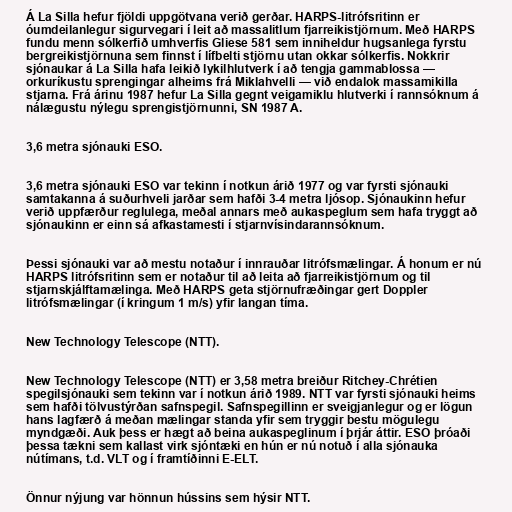
Á La Silla hefur fjöldi uppgötvana verið gerðar. HARPS-litrófsritinn er
óumdeilanlegur sigurvegari í leit að massalitlum fjarreikistjörnum. Með HARPS
fundu menn sólkerfið umhverfis Gliese 581 sem inniheldur hugsanlega fyrstu
bergreikistjörnuna sem finnst í lífbelti stjörnu utan okkar sólkerfis. Nokkrir
sjónaukar á La Silla hafa leikið lykilhlutverk í að tengja gammablossa —
orkuríkustu sprengingar alheims frá Miklahvelli — við endalok massamikilla
stjarna. Frá árinu 1987 hefur La Silla gegnt veigamiklu hlutverki í rannsóknum á
nálægustu nýlegu sprengistjörnunni, SN 1987 A.

3,6 metra sjónauki ESO.

3,6 metra sjónauki ESO var tekinn í notkun árið 1977 og var fyrsti sjónauki
samtakanna á suðurhveli jarðar sem hafði 3-4 metra ljósop. Sjónaukinn hefur
verið uppfærður reglulega, meðal annars með aukaspeglum sem hafa tryggt að
sjónaukinn er einn sá afkastamesti í stjarnvísindarannsóknum.

Þessi sjónauki var að mestu notaður í innrauðar litrófsmælingar. Á honum er nú
HARPS litrófsritinn sem er notaður til að leita að fjarreikistjörnum og til
stjarnskjálftamælinga. Með HARPS geta stjörnufræðingar gert Doppler
litrófsmælingar (í kringum 1 m/s) yfir langan tíma.

New Technology Telescope (NTT).

New Technology Telescope (NTT) er 3,58 metra breiður Ritchey-Chrétien
spegilsjónauki sem tekinn var í notkun árið 1989. NTT var fyrsti sjónauki heims
sem hafði tölvustýrðan safnspegil. Safnspegillinn er sveigjanlegur og er lögun
hans lagfærð á meðan mælingar standa yfir sem tryggir bestu mögulegu
myndgæði. Auk þess er hægt að beina aukaspeglinum í þrjár áttir. ESO þróaði
þessa tækni sem kallast virk sjóntæki en hún er nú notuð í alla sjónauka
nútímans, t.d. VLT og í framtíðinni E-ELT.

Önnur nýjung var hönnun hússins sem hýsir NTT.